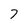
Character: 7